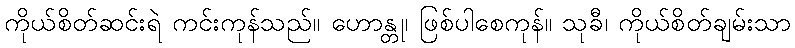
ကိုယ်စိတ်ဆင်းရဲ ကင်းကုန်သည်။ ဟောန္တု၊ ဖြစ်ပါစေကုန်။ သုခီ၊ ကိုယ်စိတ်ချမ်းသာ